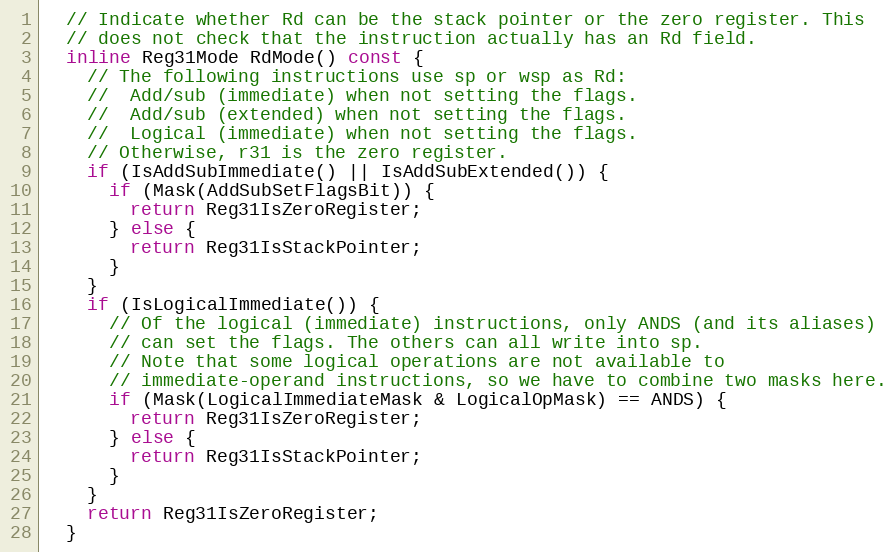
Language: C
  // Indicate whether Rd can be the stack pointer or the zero register. This
  // does not check that the instruction actually has an Rd field.
  inline Reg31Mode RdMode() const {
    // The following instructions use sp or wsp as Rd:
    //  Add/sub (immediate) when not setting the flags.
    //  Add/sub (extended) when not setting the flags.
    //  Logical (immediate) when not setting the flags.
    // Otherwise, r31 is the zero register.
    if (IsAddSubImmediate() || IsAddSubExtended()) {
      if (Mask(AddSubSetFlagsBit)) {
        return Reg31IsZeroRegister;
      } else {
        return Reg31IsStackPointer;
      }
    }
    if (IsLogicalImmediate()) {
      // Of the logical (immediate) instructions, only ANDS (and its aliases)
      // can set the flags. The others can all write into sp.
      // Note that some logical operations are not available to
      // immediate-operand instructions, so we have to combine two masks here.
      if (Mask(LogicalImmediateMask & LogicalOpMask) == ANDS) {
        return Reg31IsZeroRegister;
      } else {
        return Reg31IsStackPointer;
      }
    }
    return Reg31IsZeroRegister;
  }